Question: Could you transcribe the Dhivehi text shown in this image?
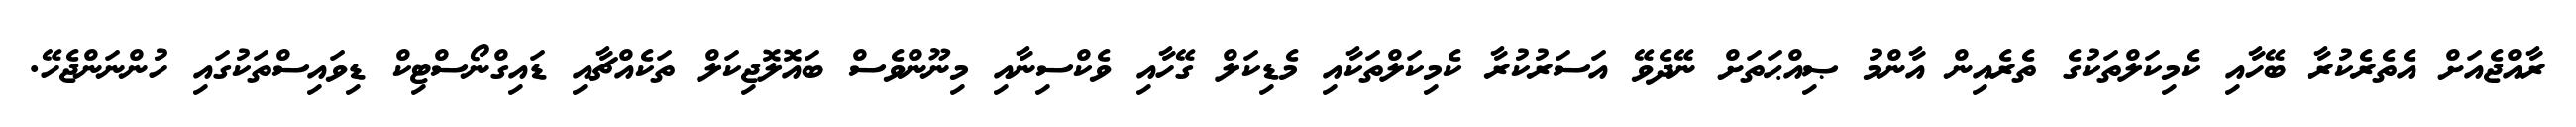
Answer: ރާއްޖެއަށް އެތެރެކުރާ ބޭހާއި ކެމިކަލްތަކުގެ ތެރެއިން އާންމު ޞިއްޙަތަށް ނޭދެވޭ އަސަރުކުރާ ކެމިކަލްތަކާއި މެޑިކަލް ގޭހާއި ވެކްސިނާއި މިނޫންވެސް ބައޮލޮޖިކަލް ތަކެއްޗާއި ޑައިގްނޯސްޓިކް ޑިވައިސްތަކުގައި ހުންނަންޖެހޭ.